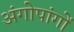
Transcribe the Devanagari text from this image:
अंगोपांगों